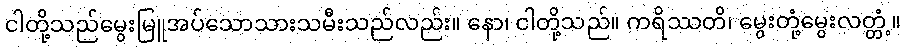
ငါတို့သည်မွေးမြူအပ်သောသားသမီးသည်လည်း။ နော၊ ငါတို့သည်။ ကရိဿတိ၊ မွေးတုံ့မွေးလတ္တံ့။